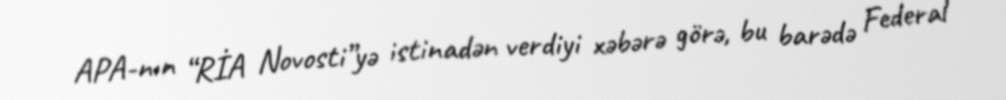
APA-nın “RİA Novosti”yə istinadən verdiyi xəbərə görə, bu barədə Federal